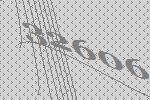
32606